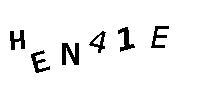
HEN41E